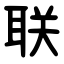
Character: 联